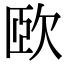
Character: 𣢮